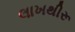
લાખથીરૂ